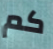
كم